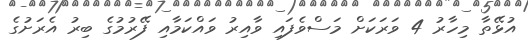
އުޅޭތާ މިހާރު 4 ވަރަކަށް މަސްވެފައި ވާއިރު ވައްކަމާއި ފޭރުމުގެ ބިރު އެރަށުގެ